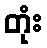
တုံး